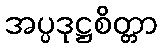
အပ္ပဒုဋ္ဌစိတ္တာ